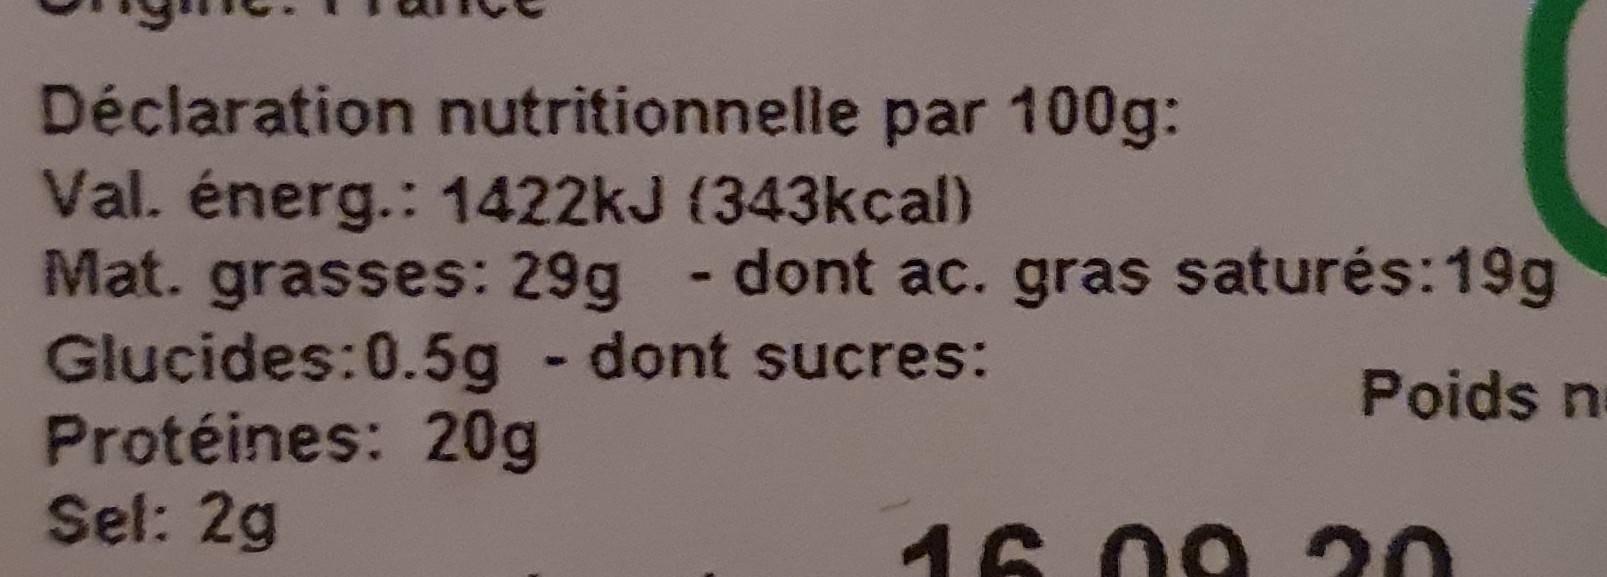
Déclaration nutritionnelle par 100g: Val. énerg.: 1422kJ (343kcal) Mat. grasses: 29g - dont ac. gras saturés:19g Glucides:0.5g - dont sucres: Protéines: 20g Sel: 2g
Poids n
16 09 20